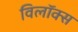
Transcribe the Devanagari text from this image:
विलॉक्स